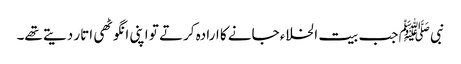
نبی ﷺ جب بیت الخلاء جانے کا ارادہ کرتے تو اپنی انگوٹھی اتار دیتے تھے۔